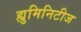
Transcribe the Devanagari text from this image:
ह्युमिनिटीज